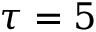
\tau = 5